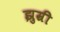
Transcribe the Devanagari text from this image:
झुम्री